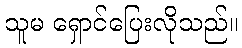
သူမ ရှောင်ပြေးလိုသည်။